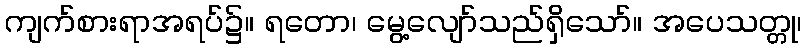
ကျက်စားရာအရပ်၌။ ရတော၊ မွေ့လျော်သည်ရှိသော်။ အပေသတ္တု၊